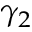
\gamma _ { 2 }